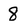
Character: 8